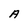
Character: A